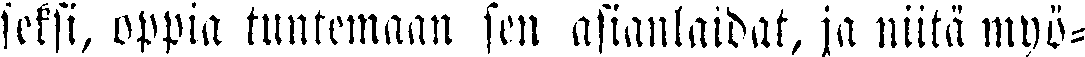
seksi, oppia tuntemaan sen asianlaidat, ja niitä myö-